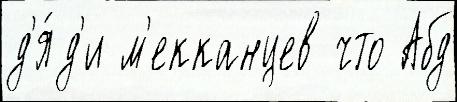
д'я́д'и м'екканцев что Абд